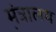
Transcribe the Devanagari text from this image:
म़ंत्रालय